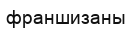
франшизаны